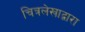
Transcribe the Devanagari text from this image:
चित्रलेखाद्वारा